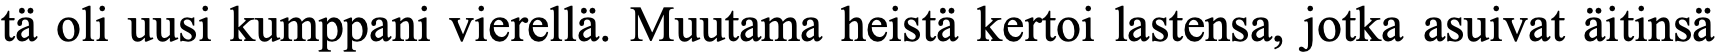
tä oli uusi kumppani vierellä. Muutama heistä kertoi lastensa, jotka asuivat äitinsä